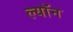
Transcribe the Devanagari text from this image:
ल्याॅन